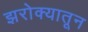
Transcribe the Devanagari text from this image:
झरोक्यातून